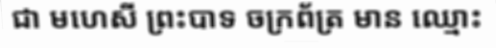
ជា មហេសី ព្រះបាទ ចក្រព័ត្រ មាន ឈ្មោះ